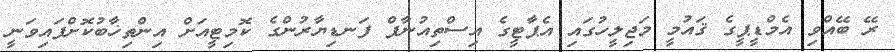
ރޭ ބޭއްވި އެމްޑީޕީގެ ޤައުމީ މަޖިލީހުގައި އެޕާޓީގެ އިސްތިއުނާފް ފަނޑިޔާރުންގެ ކޮމިޓީއަށް އިންތިޚާބުކޮށްފައިވަނީ